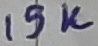
Text: 19K